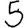
Digit: 5